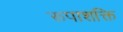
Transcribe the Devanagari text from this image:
रूपाशक्ति